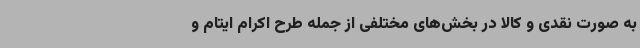
به‌ صورت نقدی و کالا در بخش‌های مختلفی از جمله طرح اکرام ایتام و